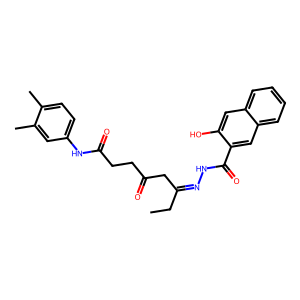
SMILES: CCC(CC(=O)CCC(=O)Nc1ccc(C)c(C)c1)=NNC(=O)c1cc2ccccc2cc1O
Inhibits HIV replication: No